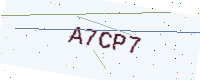
Text: A7CP7